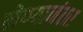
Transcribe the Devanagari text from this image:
लेण्यानंतर